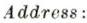
Address: